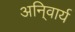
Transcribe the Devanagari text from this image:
अनि्वार्य